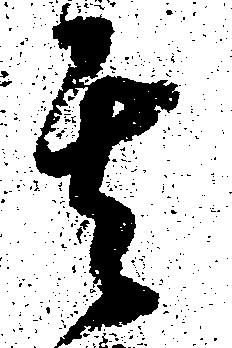
其